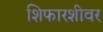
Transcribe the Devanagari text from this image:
शिफारशीवर